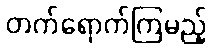
တက်ရောက်ကြမည့်